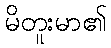
မိတူးမာ၏